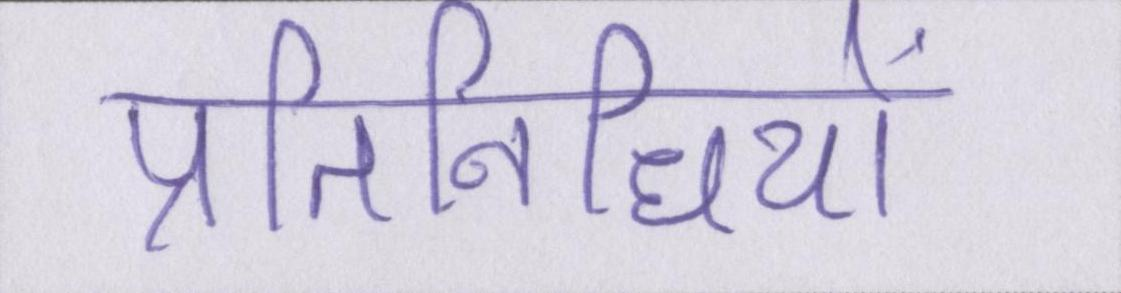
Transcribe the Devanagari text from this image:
प्रतिनिधियों